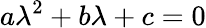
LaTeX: a\lambda^{2}+b\lambda+c=0